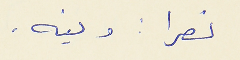
نصرا : وينه .